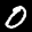
Label: 0